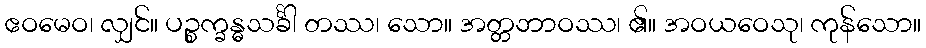
ဧဝမေဝ၊ လျှင်။ ပဉ္စက္ခန္ဓသင်္ခါ တဿ၊ သော။ အတ္တဘာဝဿ၊ ၏။ အဝယဝေသု၊ ကုန်သော။